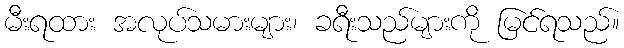
မီးရထား အလုပ်သမားများ၊ ခရီးသည်များကို မြင်ရသည်။